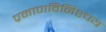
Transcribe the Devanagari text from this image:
प्रमाणविनिश्चय